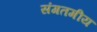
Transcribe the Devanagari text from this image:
संगतमीय